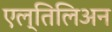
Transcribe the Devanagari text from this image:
एल्तिलिअन